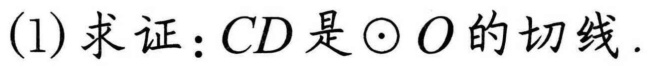
(1)求证：\(CD\)是\(\odot O\)的切线.